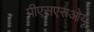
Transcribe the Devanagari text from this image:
पीएसएसओयू